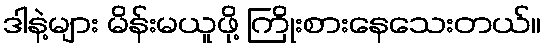
ဒါနဲ့များ မိန်းမယူဖို့ ကြိုးစားနေသေးတယ်။